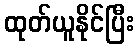
ထုတ်ယူနိုင်ပြီး